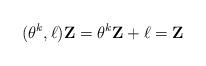
LaTeX: \begin{align*}(\theta ^k, {\bf \ell}){\bf Z}=\theta ^k {\bf Z}+{\bf \ell}={\bf Z}\end{align*}